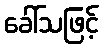
ခေါ်သဖြင့်